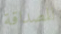
للصداقة